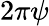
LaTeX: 2\pi\psi